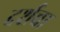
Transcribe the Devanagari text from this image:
दर्शचा